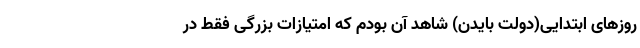
روزهای ابتدایی(دولت بایدن) شاهد آن بودم که امتیازات بزرگی فقط در